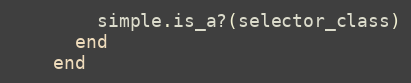
Language: Ruby
        simple.is_a?(selector_class)
      end
    end